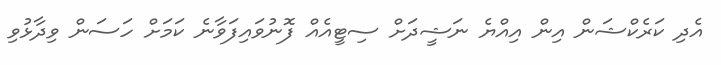
އެދި ކަރެކްޝަން އިން އިއްޔެ ނަޝީދަށް ސިޓީއެއް ފޮނުވައިފަވާނެ ކަމަށް ހަސަން ވިދާޅުވި